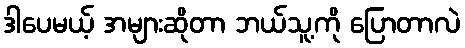
ဒါပေမယ့် အများဆိုတာ ဘယ်သူ့ကို ပြောတာလဲ